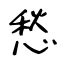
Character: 愁